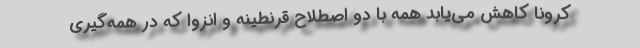
کرونا کاهش می‌یابد همه با دو اصطلاح قرنطینه و انزوا که در همه‌گیری